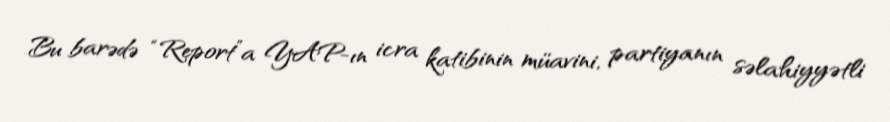
Bu barədə “Report”a YAP-ın icra katibinin müavini, partiyanın səlahiyyətli